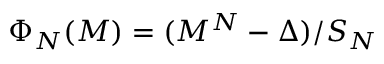
\Phi _ { N } ( M ) = ( M ^ { N } - \Delta ) / S _ { N }